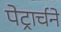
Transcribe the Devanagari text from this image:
पेट्रार्चने